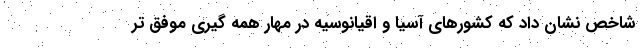
شاخص نشان داد که کشورهای آسیا و اقیانوسیه در مهار همه گیری موفق تر